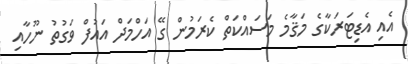
އެއި އެޑިޓަރަކާގެ މަޤާމެ މަސައްކަތް ކެރަމުން ގޭ އަހްމަދް އައުފް ވަގުތު ނޫހާއި